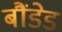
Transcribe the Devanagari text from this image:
बौंडेड